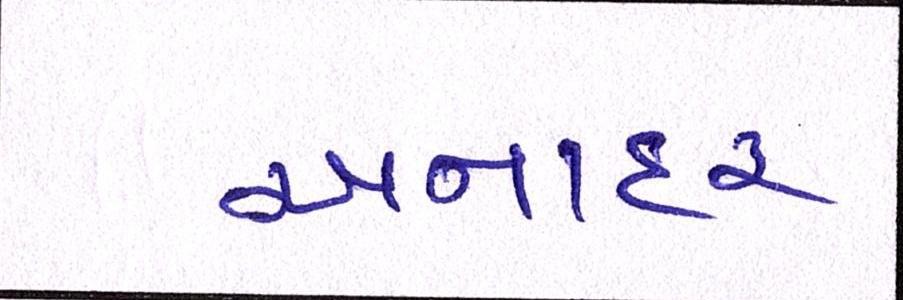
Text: અનાદર